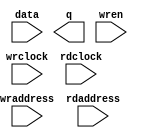
module ram_w_ctrlsig (
		input  wire [10:0] data,      //      data.datain
		output wire [10:0] q,         //         q.dataout
		input  wire [3:0]  wraddress, // wraddress.wraddress
		input  wire [3:0]  rdaddress, // rdaddress.rdaddress
		input  wire        wren,      //      wren.wren
		input  wire        wrclock,   //   wrclock.clk
		input  wire        rdclock    //   rdclock.clk
	);
endmodule